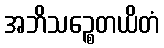
အဘိသဉ္စေတယိတံ